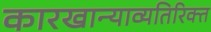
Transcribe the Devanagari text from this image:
कारखान्याव्यतिरिक्त